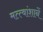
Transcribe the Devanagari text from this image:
मत्त्वांशानें